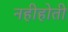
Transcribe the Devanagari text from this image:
नहीहोती